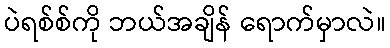
ပဲရစ်စ်ကို ဘယ်အချိန် ရောက်မှာလဲ။